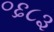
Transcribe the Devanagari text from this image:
०६८३